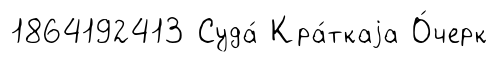
1864192413 Суда́ Кра́ткаjа О́черк